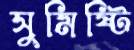
সুমিষ্টি